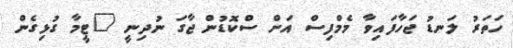
ހަތަރު ލަނޑު ޖަހާފައިވާ މެމްފިސް އަށް ސްކޮޑުން ޖާގަ ނުދިނީ "ޓީމާ ގުޅިގެން